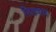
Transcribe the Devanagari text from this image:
सिलवाया